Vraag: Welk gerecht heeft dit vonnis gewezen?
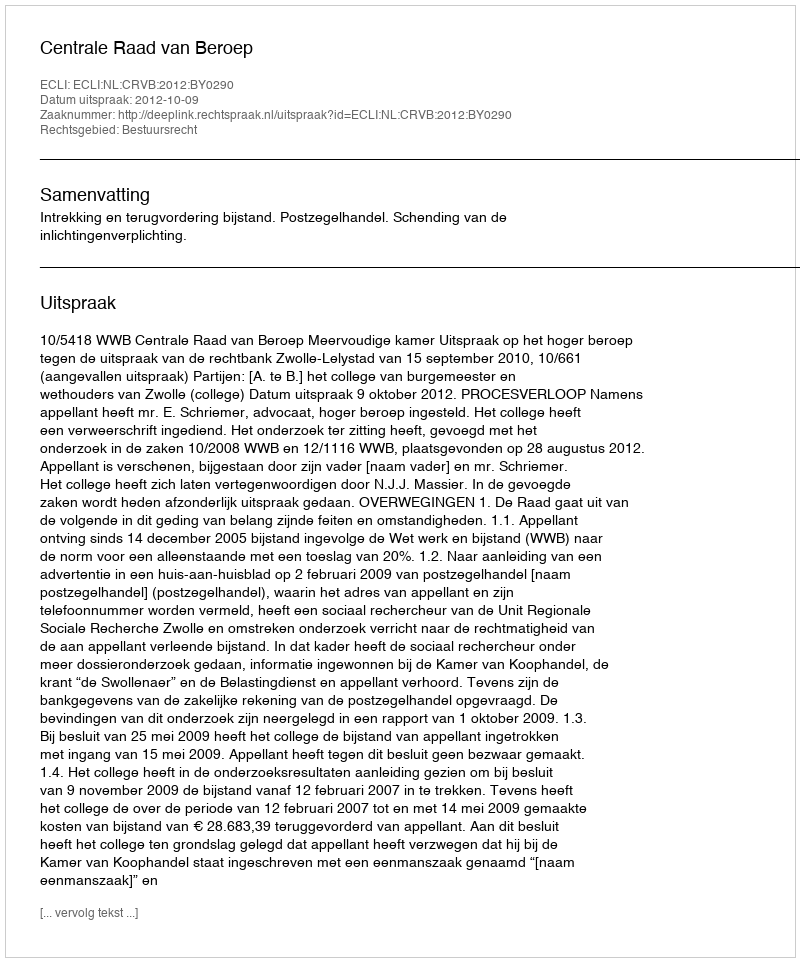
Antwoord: Centrale Raad van Beroep